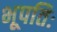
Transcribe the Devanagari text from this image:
भूपतिः